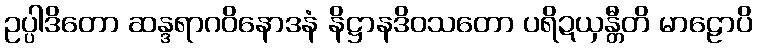
ဥပ္ပါဒိတော ဆန္ဒရာဂဝိနောဒနံ နိဋ္ဌာနဒိဝသတော ပရိဍယှန္တီတိ မာဠောပိ